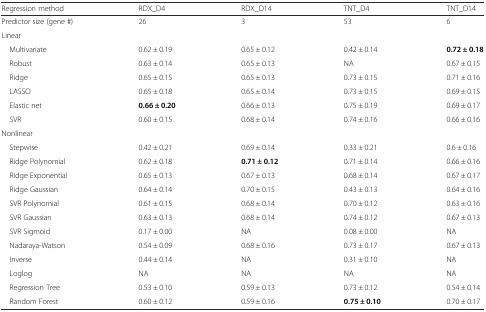
<table><thead><tr><td><b>Regression method</b></td><td><b>RDX_D4</b></td><td><b>RDX_D14</b></td><td><b>TNT_D4</b></td><td><b>TNT_D14</b></td></tr></thead><tbody><tr><td>Predictor size (gene #)</td><td>26</td><td>3</td><td>53</td><td>6</td></tr><tr><td colspan="5">Linear</td></tr><tr><td> Multivariate</td><td>0.62 ± 0.19</td><td>0.65 ± 0.12</td><td>0.42 ± 0.14</td><td><b>0.72 ± 0.18</b></td></tr><tr><td> Robust</td><td>0.63 ± 0.14</td><td>0.65 ± 0.13</td><td>NA</td><td>0.67 ± 0.15</td></tr><tr><td> Ridge</td><td>0.65 ± 0.15</td><td>0.65 ± 0.13</td><td>0.73 ± 0.15</td><td>0.71 ± 0.16</td></tr><tr><td> LASSO</td><td>0.65 ± 0.18</td><td>0.65 ± 0.14</td><td>0.73 ± 0.15</td><td>0.69 ± 0.15</td></tr><tr><td> Elastic net</td><td><b>0.66 ± 0.20</b></td><td>0.66 ± 0.13</td><td>0.75 ± 0.19</td><td>0.69 ± 0.17</td></tr><tr><td> SVR</td><td>0.60 ± 0.15</td><td>0.68 ± 0.14</td><td>0.74 ± 0.16</td><td>0.66 ± 0.16</td></tr><tr><td colspan="5">Nonlinear</td></tr><tr><td> Stepwise</td><td>0.42 ± 0.21</td><td>0.69 ± 0.14</td><td>0.33 ± 0.21</td><td>0.6 ± 0.16</td></tr><tr><td> Ridge Polynomial</td><td>0.62 ± 0.18</td><td><b>0.71 ± 0.12</b></td><td>0.71 ± 0.14</td><td>0.66 ± 0.16</td></tr><tr><td> Ridge Exponential</td><td>0.65 ± 0.13</td><td>0.67 ± 0.13</td><td>0.68 ± 0.14</td><td>0.67 ± 0.17</td></tr><tr><td> Ridge Gaussian</td><td>0.64 ± 0.14</td><td>0.70 ± 0.15</td><td>0.43 ± 0.13</td><td>0.64 ± 0.16</td></tr><tr><td> SVR Polynomial</td><td>0.61 ± 0.15</td><td>0.68 ± 0.14</td><td>0.70 ± 0.12</td><td>0.63 ± 0.16</td></tr><tr><td> SVR Gaussian</td><td>0.63 ± 0.13</td><td>0.68 ± 0.14</td><td>0.74 ± 0.12</td><td>0.67 ± 0.13</td></tr><tr><td> SVR Sigmoid</td><td>0.17 ± 0.00</td><td>NA</td><td>0.08 ± 0.00</td><td>NA</td></tr><tr><td> Nadaraya-Watson</td><td>0.54 ± 0.09</td><td>0.68 ± 0.16</td><td>0.73 ± 0.17</td><td>0.67 ± 0.13</td></tr><tr><td> Inverse</td><td>0.44 ± 0.14</td><td>NA</td><td>0.31 ± 0.10</td><td>NA</td></tr><tr><td> Loglog</td><td>NA</td><td>NA</td><td>NA</td><td>NA</td></tr><tr><td> Regression Tree</td><td>0.53 ± 0.10</td><td>0.59 ± 0.13</td><td>0.73 ± 0.12</td><td>0.54 ± 0.14</td></tr><tr><td> Random Forest</td><td>0.60 ± 0.12</td><td>0.59 ± 0.16</td><td><b>0.75 ± 0.10</b></td><td>0.70 ± 0.17</td></tr></tbody></table>